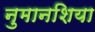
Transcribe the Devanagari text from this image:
नुमानशिया